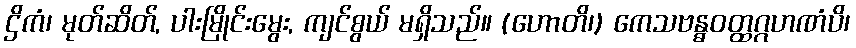
ဌိကံ၊ မုတ်ဆိတ်, ပါးမြိုင်းမွေး, ကျင်စွယ် မရှိသည်။ (ဟောတိ၊) ကေသဗန္ဓဝတ္ထဂ္ဂဟဏံပိ၊